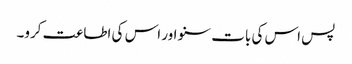
پس اس کی بات سنو اور اس کی اطاعت کرو۔